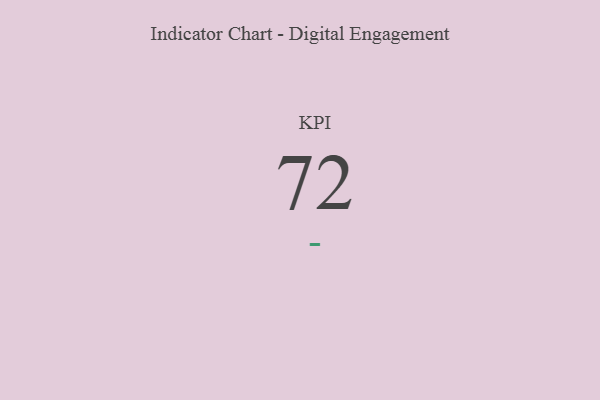
{"axis": {"x": "KPI", "y": "Value"}, "legend": [""], "data": [{"x": "KPI", "y": 72, "type": ""}]}